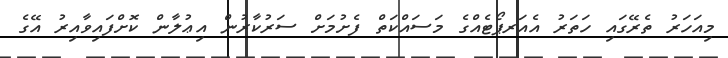
މިއަހަރު ތެރޭގައި ހަތަރު އެއަރޕޯޓެއްގެ މަސައްކަތް ފެށުމަށް ސަރުކާރުން އިޢުލާން ކޮށްފައިވާއިރު އޭގެ